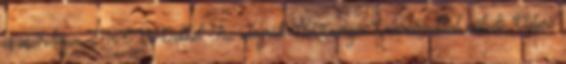
és asztrológiai TRENDekkel. Az integrált ÉletEnergia Generátorokkal működő Életerő